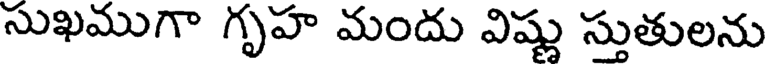
సుఖముగా గృహ మందు విష్ణు స్తుతులను